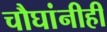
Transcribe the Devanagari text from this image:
चौघांनीही